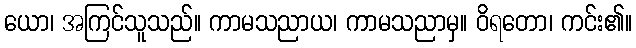
ယော၊ အကြင်သူသည်။ ကာမသညာယ၊ ကာမသညာမှ။ ဝိရတော၊ ကင်း၏။